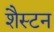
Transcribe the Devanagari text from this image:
शैस्टन